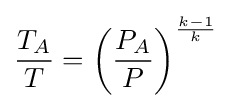
{\frac {T_{A}}{T}}=\left({\frac {P_{A}}{P}}\right)^{\frac {k-1}{k}}